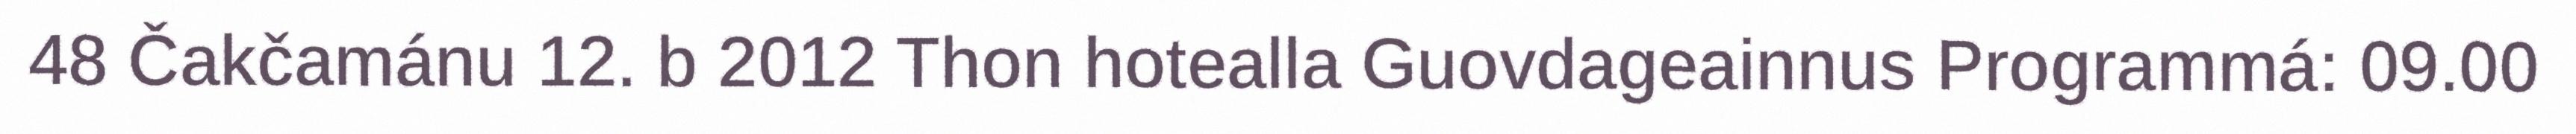
48 Čakčamánu 12. b 2012 Thon hotealla Guovdageainnus Programmá: 09.00